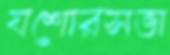
যশোরসভা